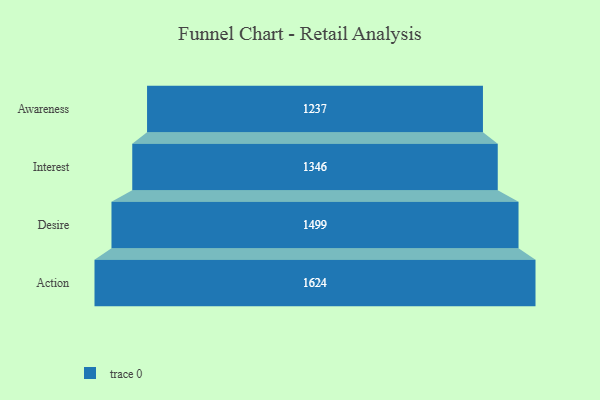
{"axis": {"x": "Stage", "y": "Value"}, "legend": [""], "data": [{"x": "Awareness", "y": 1237.0, "type": ""}, {"x": "Interest", "y": 1346.0, "type": ""}, {"x": "Desire", "y": 1499.0, "type": ""}, {"x": "Action", "y": 1624.0, "type": ""}]}